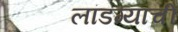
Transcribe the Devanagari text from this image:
लांडग्यांची